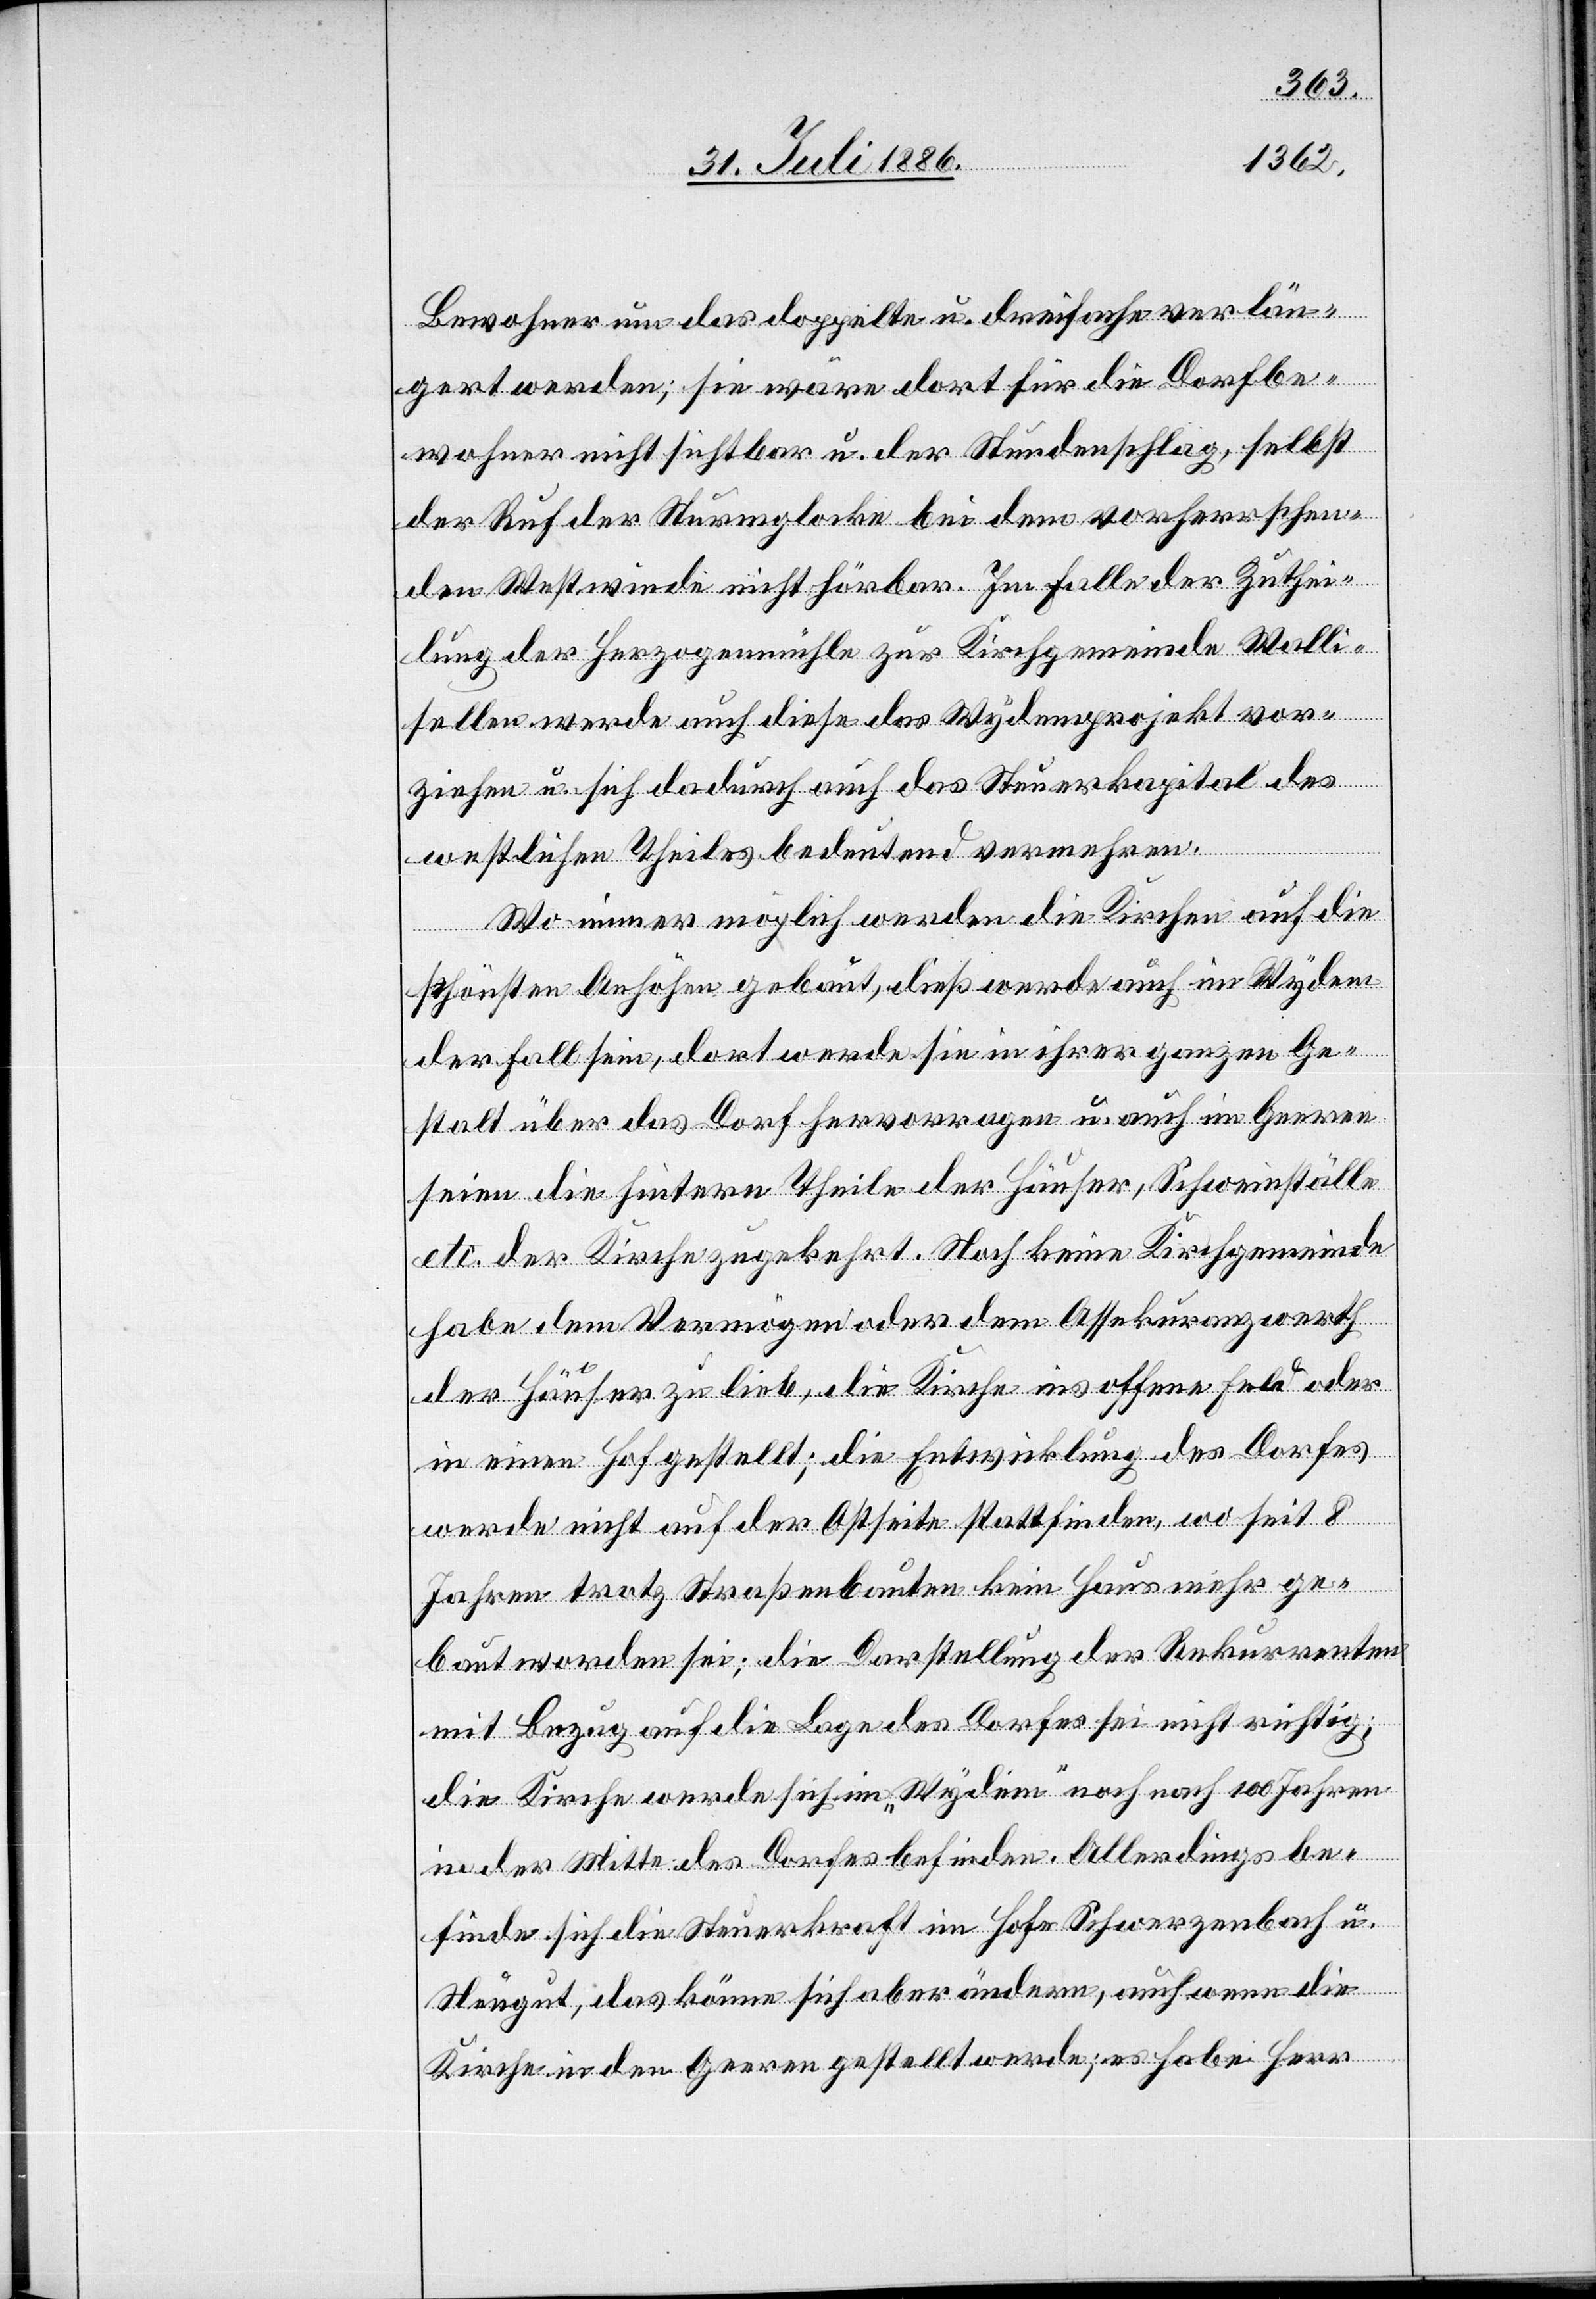
Bewohner um das doppelte u. dreifache verlän¬
gert werden; sie wäre dort für die Dorfbe¬
wohner nicht sichtbar u. der Stundenschlag, selbst
der Ruf der Sturmglocke bei dem vorherrschen¬
den Westwinde nicht hörbar. Im Falle der Zuthei¬
lung der Herzogenmühle zur Kirchgemeinde Walli¬
sellen werde auch diese das Wydemprojekt vor¬
ziehen u. sich dadurch auch das Steuerkapital des
westlichen Theiles bedeutend vermehren.
Wo immer möglich werden die Kirchen auf die
schönsten Anhöhen gebaut, dieß werde auch im Wydem
der Fall sein, dort werde sie in ihrer ganzen Ge¬
stalt über das Dorf hervorragen u. auch im Geeren
seien die hintern Theile der Häuser, Schweinställe
etc. der Kirche zugekehrt. Noch keine Kirchgemeinde
habe dem Vermögen oder dem Assekuranzwerth
der Häuser zu lieb, die Kirche ins offene Feld oder
in einen Hof gestellt; die Entwicklung des Dorfes
werde nicht auf der Ostseite stattfinden, wo seit 8
Jahren trotz Straßenbauten kein Haus mehr ge¬
baut worden sei; die Darstellung der Rekurrenten
mit Bezug auf die Lage des Dorfes sei nicht richtig;
die Kirche werde sich im „Wydem“ noch nach 100 Jahren
in der Mitte des Dorfes befinden. Allerdings be¬
finde sich die Steuerkraft im Hofe Schwerzenbach u.
Neugut, das könne sich aber ändern, auch wenn die
Kirche in den Geeren gestellt werde; es habe Herr